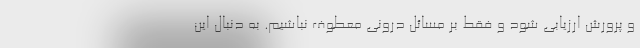
و پرورش ارزیابی شود و فقط بر مسائل درونی معطوف نباشیم. به دنبال این